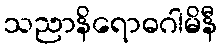
သညာနိရောဓဂါမိနီ